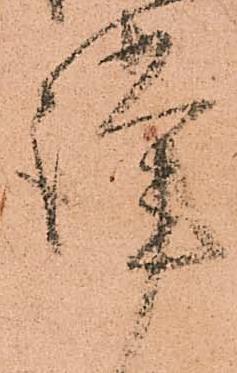
謹